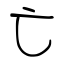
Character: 亡